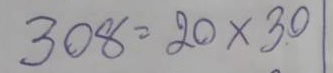
308 = 20 x 30